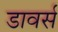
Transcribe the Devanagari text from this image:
डावर्स